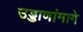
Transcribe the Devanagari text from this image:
उड्डाणांमागे